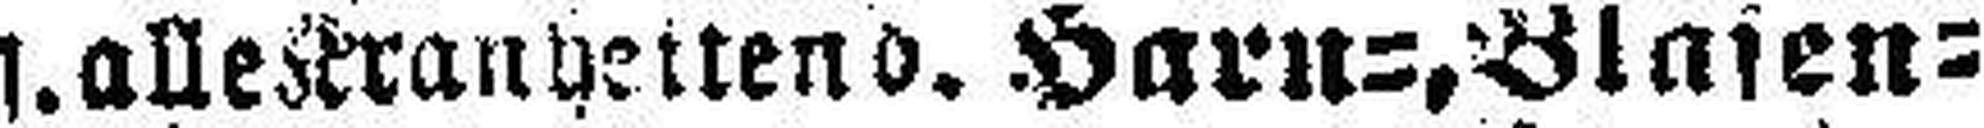
l. alle Krankheiten d. Harn=, Blasen=